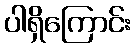
ပါရှိကြောင်း